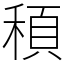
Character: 䅡